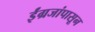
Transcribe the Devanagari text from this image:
ईंग्रजांपासून